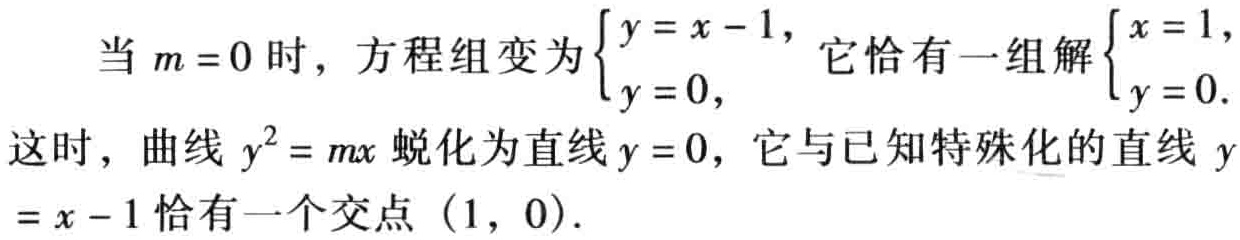
当 \(m = 0\) 时，方程组变为\(\begin{cases}y = x - 1,\\y = 0,\end{cases}\) 它恰有一组解\(\begin{cases}x = 1,\\y = 0.\end{cases}\)

这时，曲线 \(y^{2}=mx\) 蜕化为直线 \(y = 0\)，它与已知特殊化的直线 \(y=x - 1\) 恰有一个交点 \((1, 0)\).